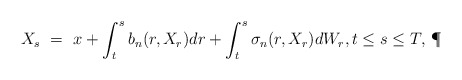
\begin{align*}X_s \ = \ x + \int_t^s b_n(r,X_r) dr + \int_t^s \sigma_n(r,X_r) dW_r, t \leq s \leq T,\,\P\end{align*}